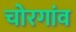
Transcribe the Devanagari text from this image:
चोरगांव